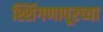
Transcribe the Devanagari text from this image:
श्शिंगणापूरच्या